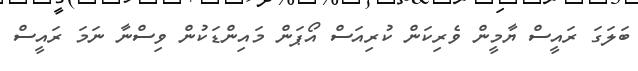
ބަލަގަ ރައީސް ޔާމީން ވެރިކަން ކުރިއަސް އޯޕަން މައިންޑަކުން ވިސްނާ ނަމަ ރައީސް